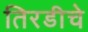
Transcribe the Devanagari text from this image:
तिरडीचे